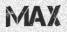
MAX